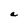
Character: a